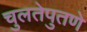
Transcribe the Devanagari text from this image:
चुलतेपुतणे